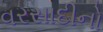
વરસાદીનો